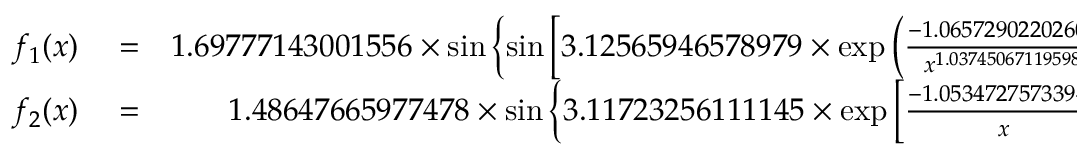
\begin{array} { r l r } { f _ { 1 } ( x ) } & { { } = } & { 1 . 6 9 7 7 7 1 4 3 0 0 1 5 5 6 \times \sin \left\{ \sin \left[ 3 . 1 2 5 6 5 9 4 6 5 7 8 9 7 9 \times \exp \left( \frac { - 1 . 0 6 5 7 2 9 0 2 2 0 2 6 0 6 } { x ^ { 1 . 0 3 7 4 5 0 6 7 1 1 9 5 9 8 } } \right) \right] \right\} } \\ { f _ { 2 } ( x ) } & { { } = } & { 1 . 4 8 6 4 7 6 6 5 9 7 7 4 7 8 \times \sin \left\{ 3 . 1 1 7 2 3 2 5 6 1 1 1 1 4 5 \times \exp \left[ \frac { - 1 . 0 5 3 4 7 2 7 5 7 3 3 9 4 8 } { x } \right] \right\} . } \end{array}